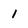
Character: 1